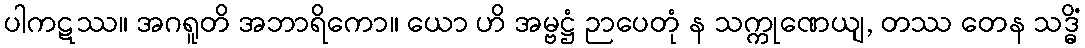
ပါကဋဿ။ အဂရူတိ အဘာရိကော။ ယော ဟိ အမ္ဗဋ္ဌံ ဉာပေတုံ န သက္ကုဏေယျ, တဿ တေန သဒ္ဓိံ